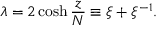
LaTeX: \lambda = 2 \cosh { \frac { z } { N } } \equiv \xi + \xi ^ { - 1 } .